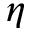
\eta